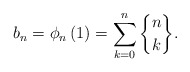
\begin{align*}b_{n}=\phi_{n}\left( 1\right) =\sum_{k=0}^{n}\genfrac{\{}{\}}{0pt}{}{n}{k}.\end{align*}